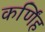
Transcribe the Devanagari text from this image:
कर्णिंह